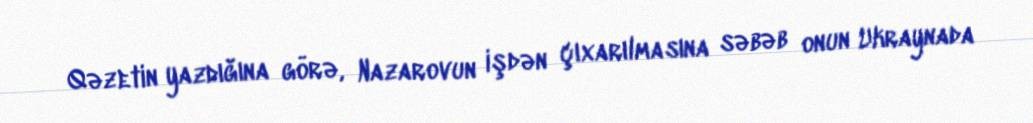
Qəzetin yazdığına görə, Nazarovun işdən çıxarılmasına səbəb onun Ukraynada